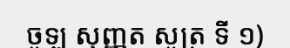
ចូឡ សុញ្ញត សូត្រ ទី ១)